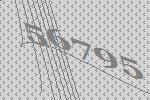
56795